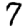
Digit: 7